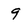
Character: 9